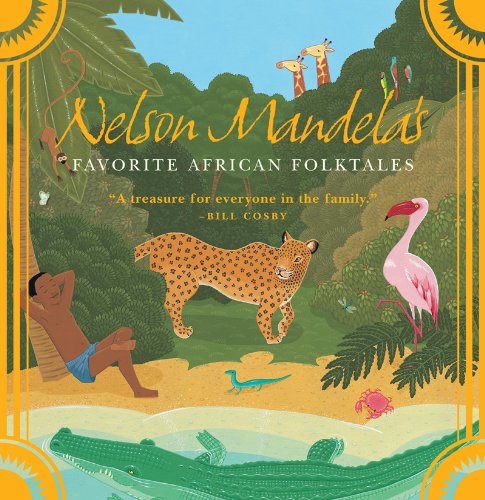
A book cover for Nelson Mandela's Favorite African Folktales; Literature & Fiction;